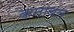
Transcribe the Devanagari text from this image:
कनावल